Annual statistical returns and brief notes on vaccination in Bengal - 1909-1929
Year: 1909
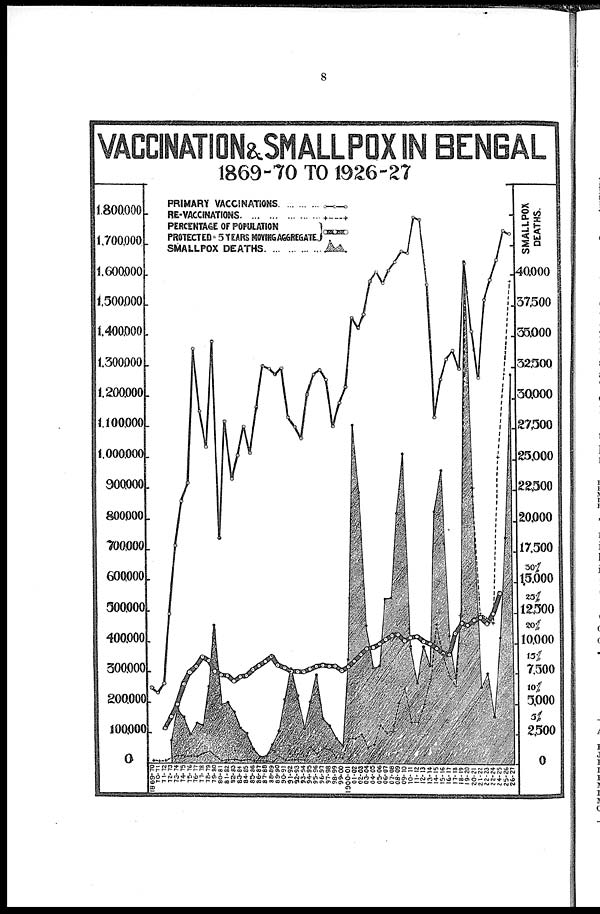
8